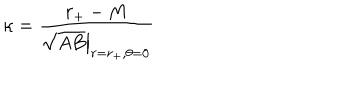
LaTeX: \kappa = { \frac { r _ { + } - M } { \left. \sqrt { A B } \right| _ { r = r _ { + } , \theta = 0 } } }